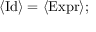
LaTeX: \langle { \mathrm { I d } } \rangle = \langle { \mathrm { E x p r } } \rangle ;